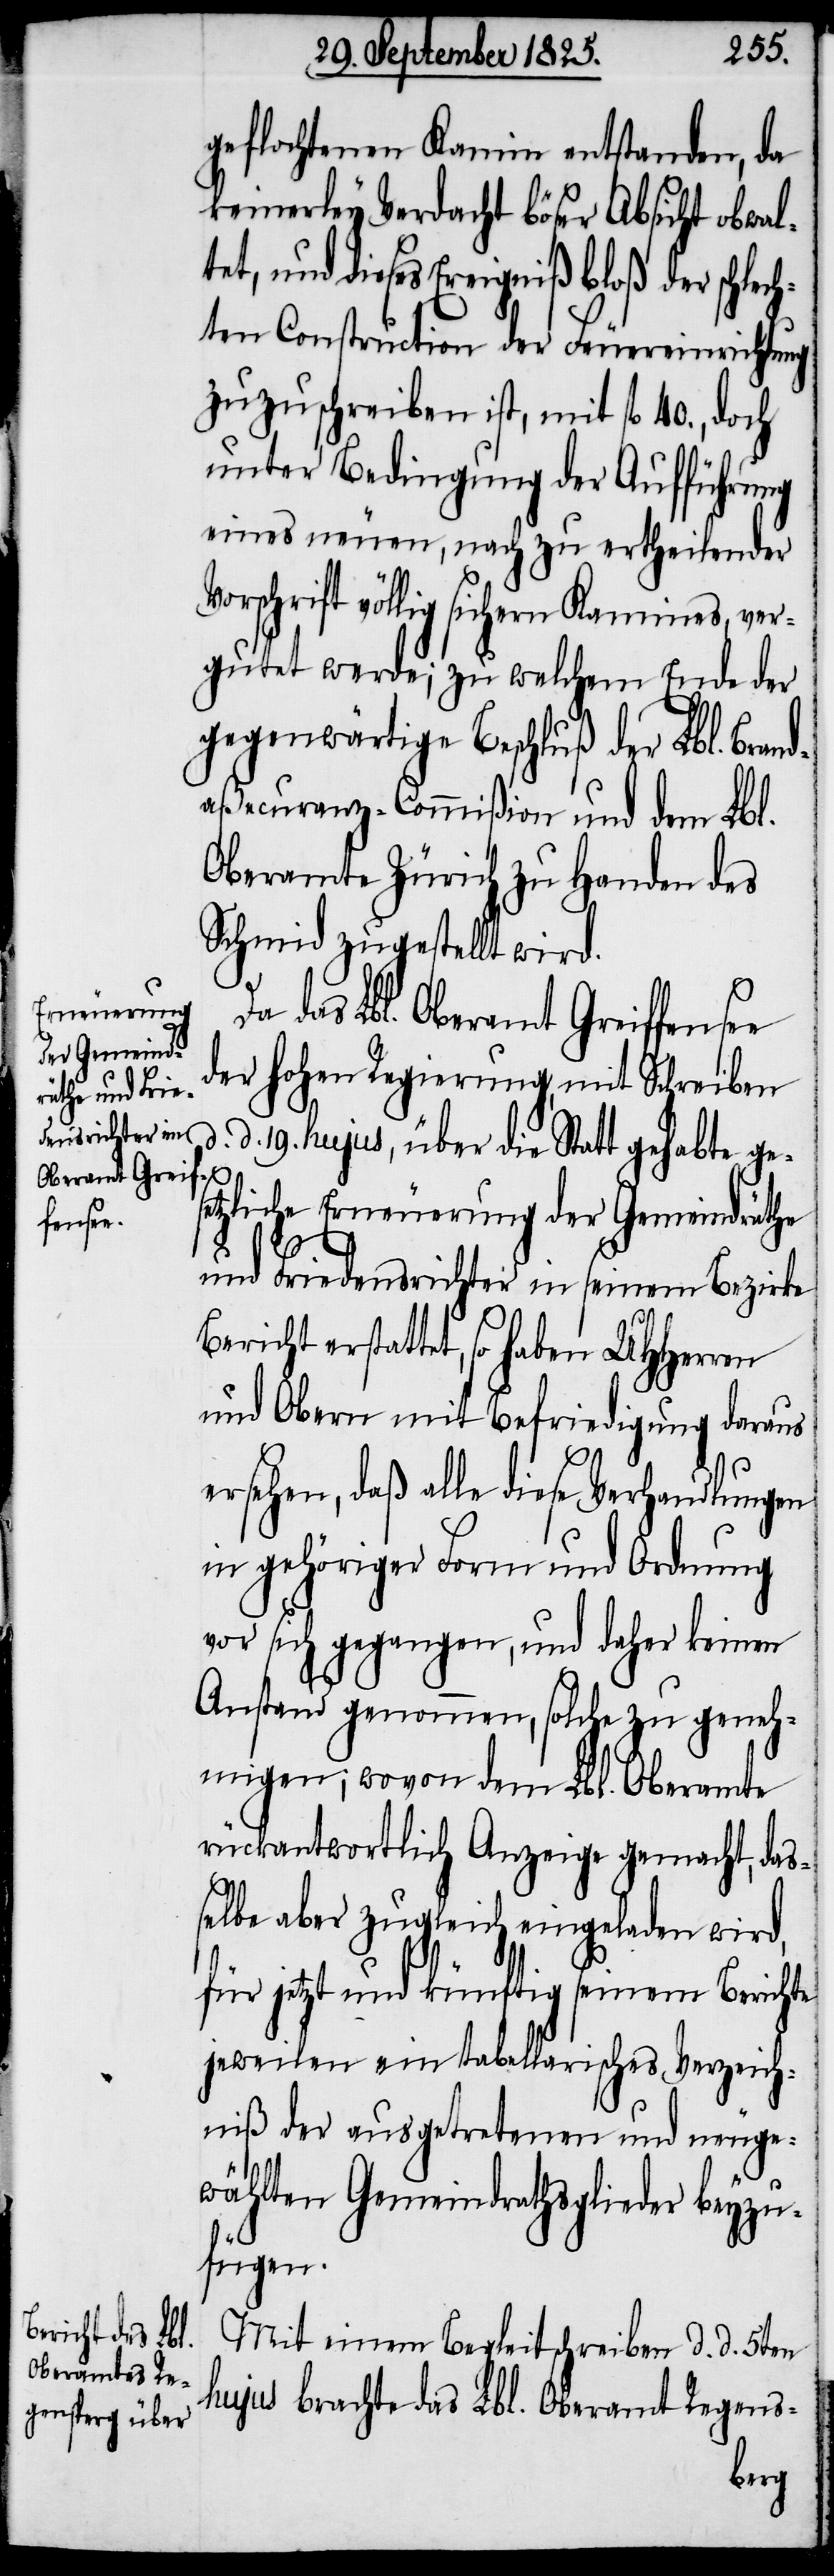
geflochtenen Kamin entstanden, da
keinerley Verdacht böser Absicht obwalt¬
et, und dieses Ereigniß bloß der schlec¬
hten Construction der Feuereinrichtung
zuzuschreiben ist, mit fl 40., doch
unter Bedingung der Aufführung
eines neuen, nach zu ertheilenden
Vorschrift völlig sichern Kamines, ver¬
gutet werde; zu welchem Ende der
gegenwärtige Beschluß der Lbl. Bran¬
daßecuranz-Commißion und dem Lbl.
Oberamte Zürich zu Handen des
Schmid zugestellt wird.
das Lbl. Oberamt Greiffensee
der hohen Regierung, mit Schreiben
d. 19. hujus, über die Statt gehabte ges¬
etzliche Erneuerung der Gemeindräthe
und Friedensrichter in seinem Bezirke
Bericht erstattet, so haben UHHerren
und Obern mit Befriedigung daraus
ersehen, daß alle diese Verhandlungen
in gehöriger Form und Ordnung
vor sich gegangen, und daher keinen
Anstand genommen, solche zu geneh¬
migen; wovon dem Lbl. Oberamte
rückantwortlich Anzeige gemacht, das¬
selbe aber zugleich eingeladen wird,
für jetzt und künftig seinem Berichte
jeweilen ein tabellarisches Verzeich¬
niß der ausgetretenen und neuge¬
wählten Gemeindrathsglieder beyzu¬
fügen.
Mit einem Begleitschreiben d. d. 5ten
hujus brachte das Lbl. Oberamt Regens-